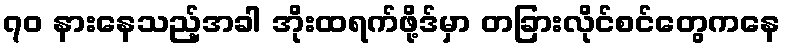
၇၀ နားနေသည့်အခါ အိုးထရက်ဖို့ဒ်မှာ တခြားလိုင်စင်တွေကနေ